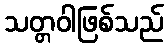
သတ္တဝါဖြစ်သည်